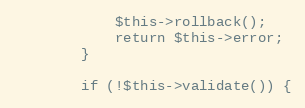
Language: PHP
            $this->rollback();
            return $this->error;
        }

        if (!$this->validate()) {